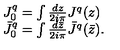
\begin{array} { l c r } { J _ { 0 } ^ { q } = \int { \frac { d z } { 2 i \pi } } J ^ { q } ( z ) } \\ { \bar { J } _ { 0 } ^ { q } = \int { \frac { d { \bar { z } } } { 2 i \pi } } { \bar { J } } ^ { q } ( \bar { z } ) . } \\ \end{array}